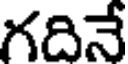
గదినే